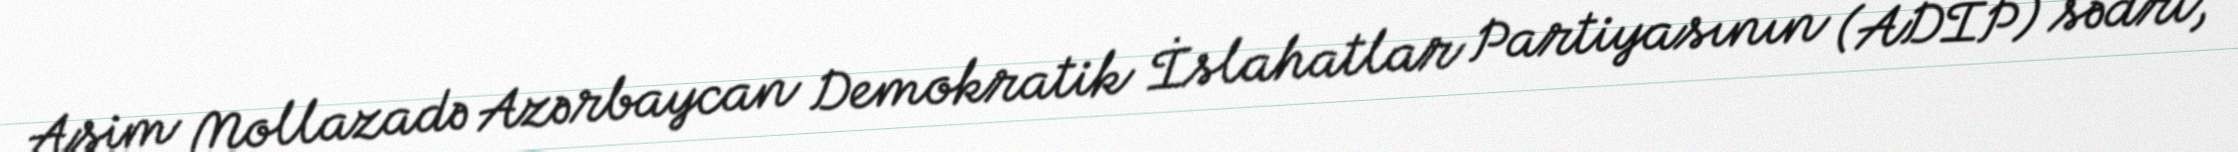
Asim Mollazadə Azərbaycan Demokratik İslahatlar Partiyasının (ADİP) sədri,